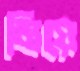
মিয়ে